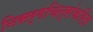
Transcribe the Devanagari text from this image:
निसर्गचित्रांकरिता